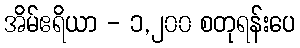
အိမ်ဧရိယာ - ၁,၂၀၀ စတုရန်းပေ